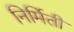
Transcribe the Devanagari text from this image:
निर्मिती